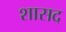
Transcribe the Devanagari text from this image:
शासद